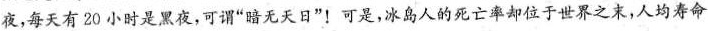
夜，每天有20小时是黑夜，可谓“暗无天日”！可是，冰岛人的死亡率却位于世界之末，人均寿命